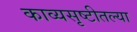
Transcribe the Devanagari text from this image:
काव्यसृष्टीतल्या